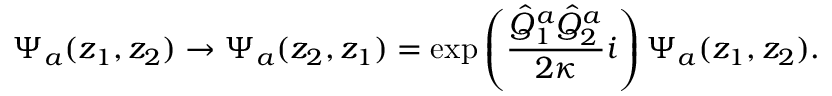
\Psi _ { a } ( z _ { 1 } , z _ { 2 } ) \rightarrow \Psi _ { a } ( z _ { 2 } , z _ { 1 } ) = \exp \left( \frac { \hat { Q } _ { 1 } ^ { a } \hat { Q } _ { 2 } ^ { a } } { 2 \kappa } i \right) \Psi _ { a } ( z _ { 1 } , z _ { 2 } ) .